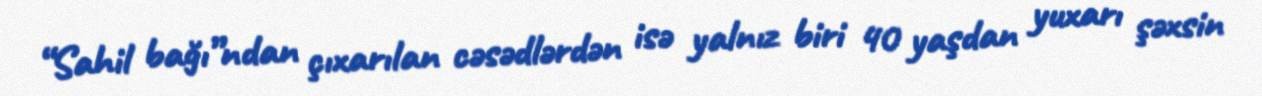
“Sahil bağı”ndan çıxarılan cəsədlərdən isə yalnız biri 40 yaşdan yuxarı şəxsin